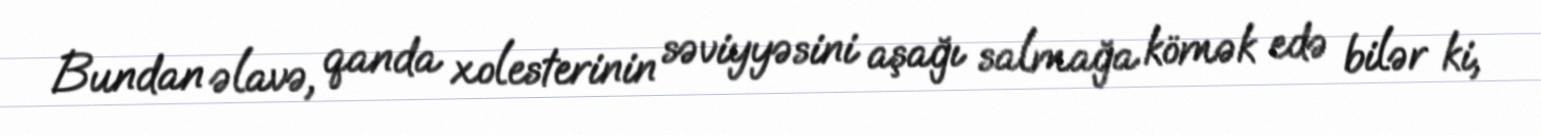
Bundan əlavə, qanda xolesterinin səviyyəsini aşağı salmağa kömək edə bilər ki,